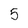
Character: 5